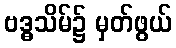
ဗဒ္ဓသိမ်၌ မှတ်ဖွယ်